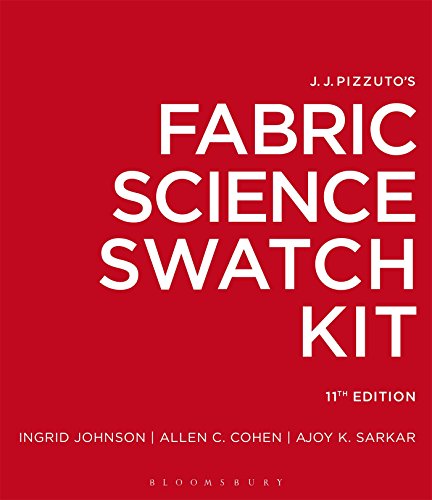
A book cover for J.J. Pizzuto's Fabric Science Swatch Kit; Ingrid Johnson; Engineering & Transportation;